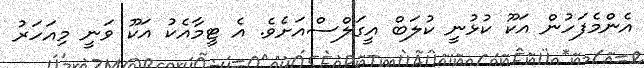
އެންމެފަހުން އަކޫ ކުޅުނީ ކުލަބް އީގަލްސްއަށެވެ. އެ ޓީމާއެކު އަކޫ ވަނީ މިއަހަރު